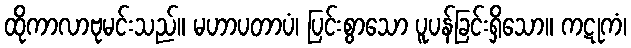
ထိုကာလာဗုမင်းသည်။ မဟာပတာပံ၊ ပြင်းစွာသော ပူပန်ခြင်းရှိသော။ ကဋုကံ၊